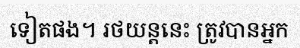
ទៀតផង។ រថយន្តនេះ ត្រូវបានអ្នក